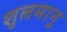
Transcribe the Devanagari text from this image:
शुलमानु